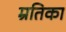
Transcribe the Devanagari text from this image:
म्रतिका